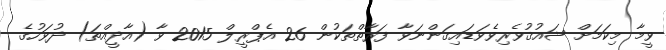
ވީމާ މިކަމަށް ޝައުޤުވެރިވެވަޑައިގަންނަވާ ފަރާތްތަކުން 26 އެޕްރީލް 2015 ވާ (އާދީއްތަ) ދުވަހުގެ